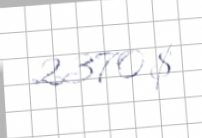
2370 $